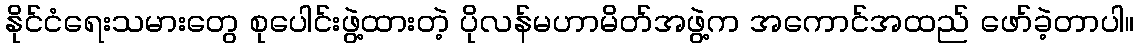
နိုင်ငံရေးသမားတွေ စုပေါင်းဖွဲ့ထားတဲ့ ပိုလန်မဟာမိတ်အဖွဲ့က အကောင်အထည် ဖော်ခဲ့တာပါ။